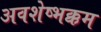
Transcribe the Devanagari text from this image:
अवशेष्भक्कम